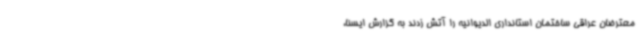
معترضان عراقی ساختمان استانداری الدیوانیه را آتش زدند به گزارش ایسنا،